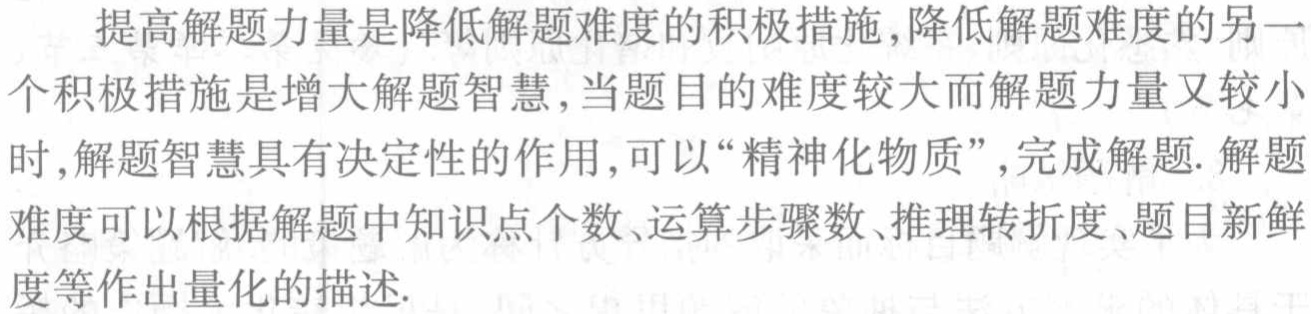
提高解题力量是降低解题难度的积极措施,降低解题难度的另一个积极措施是增大解题智慧,当题目的难度较大而解题力量又较小时,解题智慧具有决定性的作用,可以“精神化物质”,完成解题. 解题难度可以根据解题中知识点个数、运算步骤数、推理转折度、题目新鲜度等作出量化的描述.